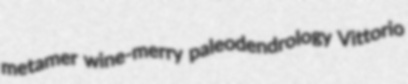
metamer wine-merry paleodendrology Vittorio